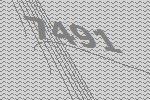
7491